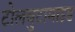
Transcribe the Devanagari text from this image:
टोलबुटामाइड